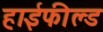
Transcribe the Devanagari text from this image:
हाईफील्ड